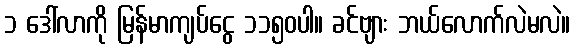
၁ ဒေါ်လာကို မြန်မာကျပ်ငွေ ၁၁၅၀ပါ။ ခင်ဗျား ဘယ်လောက်လဲမလဲ။